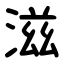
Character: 滋